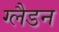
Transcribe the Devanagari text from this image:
ग्लैडन